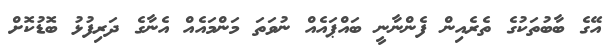
އޭގެ ބާބުތަކުގެ ތެރެއިން ފެންނާނީ ބައްޕައެއް ނުވަތަ މަންމައެއް އެނާގެ ދަރިފުޅު ބޮޑުކޮށް